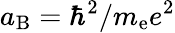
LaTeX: a_{\mathrm{B}}=\hbar^{2}/m_{\mathrm{e}}e^{2}